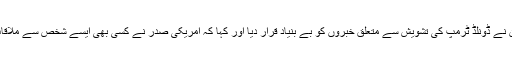
دوسری جانب وائٹ ہاؤس کی میڈیا ترجمان نے ڈونلڈ ٹرمپ کی تشویش سے متعلق خبروں کو بے بنیاد قرار دیا اور کہا کہ امریکی صدر نے کسی بھی ایسے شخص سے ملاقات نہیں کی جن میں وائرس کی تشخیص ہو۔